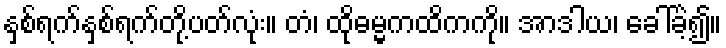
နှစ်ရက်နှစ်ရက်တို့ပတ်လုံး။ တံ၊ ထိုဓမ္မကထိကကို။ အာဒါယ၊ ခေါ်ခဲ့၍။